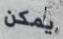
يمكن